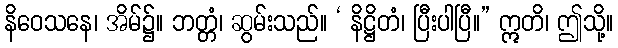
နိဝေသနေ၊ အိမ်၌။ ဘတ္တံ၊ ဆွမ်းသည်။ ‘ နိဋ္ဌိတံ၊ ပြီးပါပြီ။” ဣတိ၊ ဤသို့။